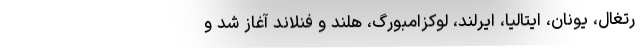
رتغال، یونان، ایتالیا، ایرلند، لوکزامبورگ، هلند و فنلاند آغاز شد و